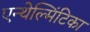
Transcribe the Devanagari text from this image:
एन्थेल्मिंटिका